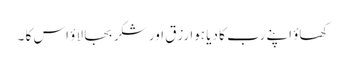
کھاؤ اپنے رب کا دیا ہوا رزق اور شکر بجا لاؤ اس کا ۔